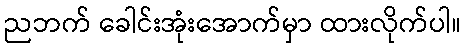
ညဘက် ခေါင်းအုံးအောက်မှာ ထားလိုက်ပါ။